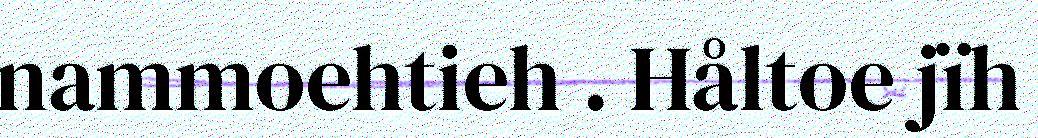
nammoehtieh . Håltoe jïh